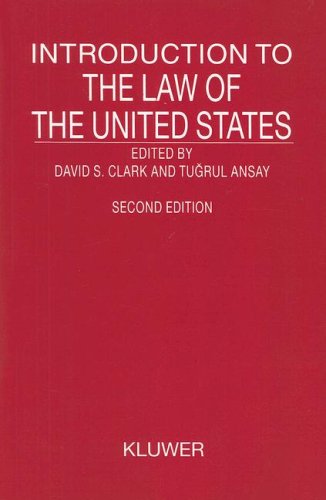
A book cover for Introduction To the Law of the United States (Introduction to the Laws of Series); David S. Clark; Law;